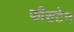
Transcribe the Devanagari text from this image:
फीसटेन